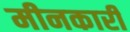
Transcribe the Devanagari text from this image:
मीनकारी